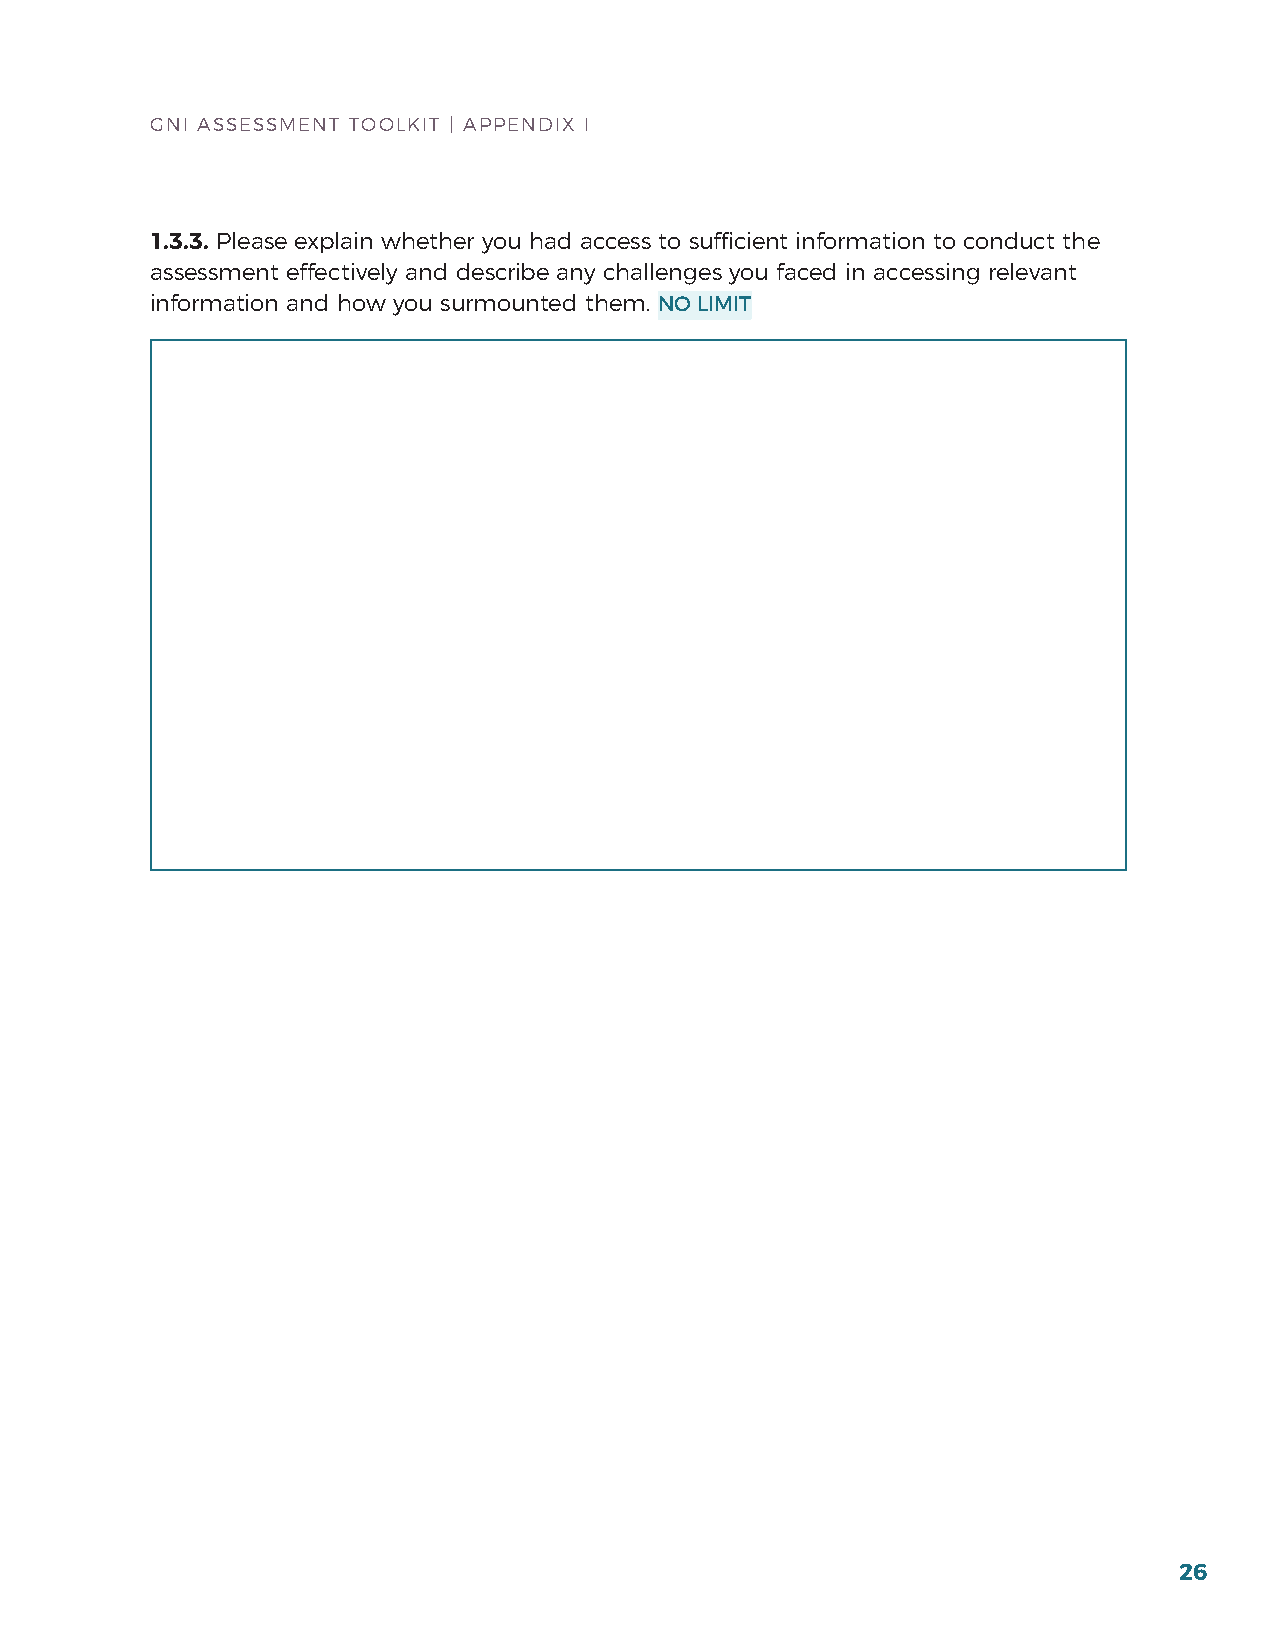
GNI ASSESSMENT TOOLKIT | APPENDIx I
 1.3.3. Please explain whether you had access to sufficient information to conduct the
 assessment effectively and describe any challenges you faced in accessing relevant
 information and how you surmounted them. NO LIMIT
 26